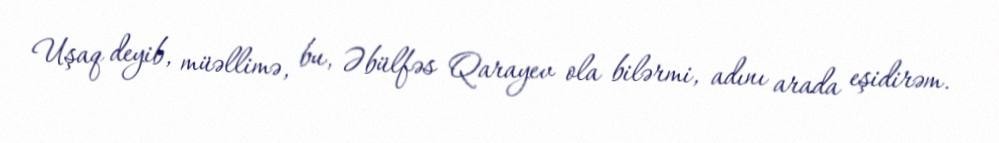
Uşaq deyib, müəllimə, bu, Əbülfəs Qarayev ola bilərmi, adını arada eşidirəm.